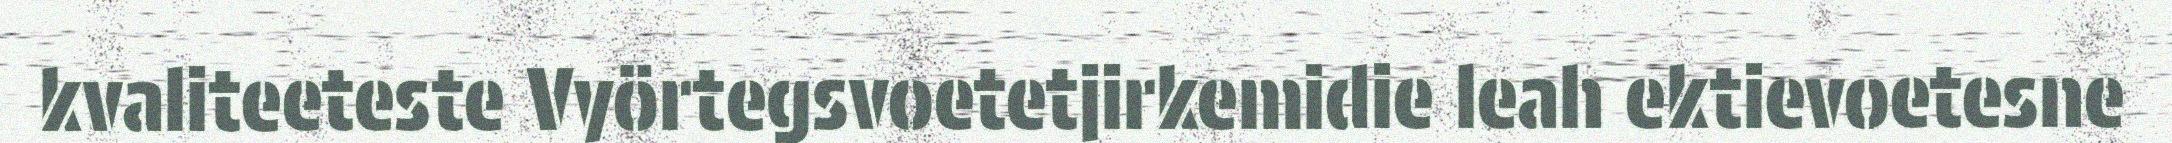
kvaliteeteste Vyörtegsvoetetjirkemidie leah ektievoetesne